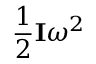
{ \frac { 1 } { 2 } } \mathbf { I } \omega ^ { 2 }